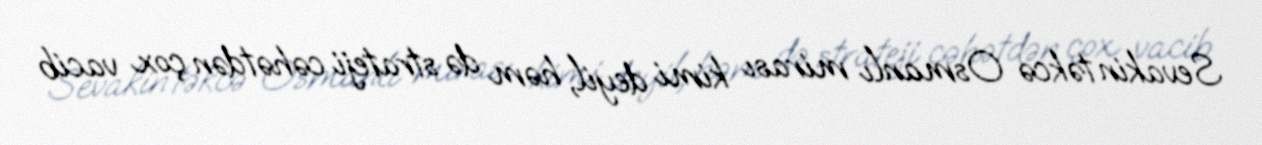
Sevakin təkcə Osmanlı mirası kimi deyil, həm də strateji cəhətdən çox vacib